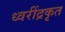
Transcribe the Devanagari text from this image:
ध्वरींद्रकृत